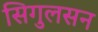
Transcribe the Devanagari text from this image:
सिगुलसन